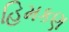
હિમકણ